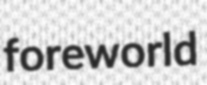
foreworld